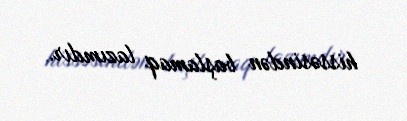
hissəsindən başlamaq lazımdır.